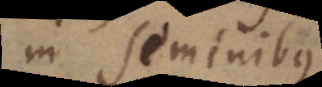
in seminibus,